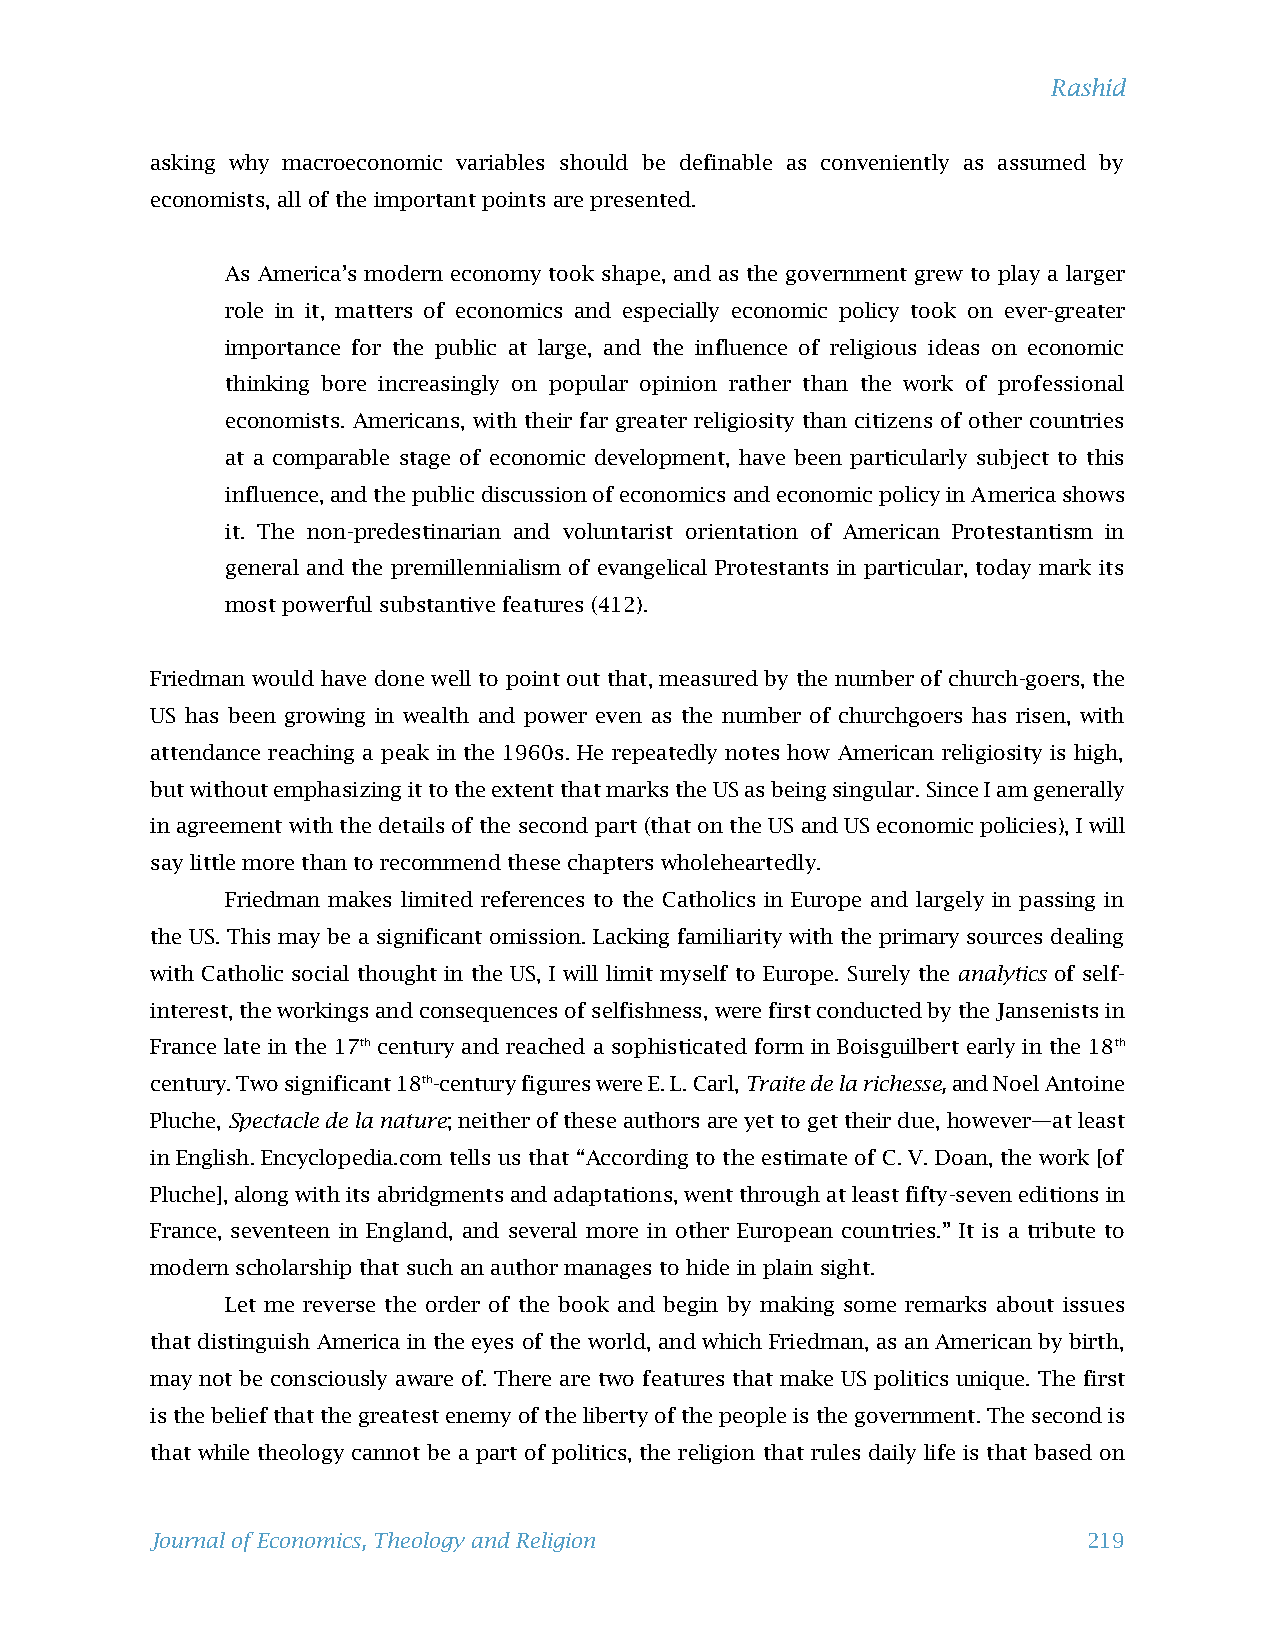
Rashid
 asking why macroeconomic variables should be definable as conveniently as assumed by
 economists, all of the important points are presented.
 As America’s modern economy took shape, and as the government grew to play a larger
 role in it, matters of economics and especially economic policy took on ever-greater
 importance for the public at large, and the influence of religious ideas on economic
 thinking bore increasingly on popular opinion rather than the work of professional
 economists. Americans, with their far greater religiosity than citizens of other countries
 at a comparable stage of economic development, have been particularly subject to this
 influence, and the public discussion of economics and economic policy in America shows
 it. The non-predestinarian and voluntarist orientation of American Protestantism in
 general and the premillennialism of evangelical Protestants in particular, today mark its
 most powerful substantive features (412).
 Friedman would have done well to point out that, measured by the number of church-goers, the
 US has been growing in wealth and power even as the number of churchgoers has risen, with
 attendance reaching a peak in the 1960s. He repeatedly notes how American religiosity is high,
 but without emphasizing it to the extent that marks the US as being singular. Since I am generally
 in agreement with the details of the second part (that on the US and US economic policies), I will
 say little more than to recommend these chapters wholeheartedly.
 Friedman makes limited references to the Catholics in Europe and largely in passing in
 the US. This may be a significant omission. Lacking familiarity with the primary sources dealing
 with Catholic social thought in the US, I will limit myself to Europe. Surely the analytics of self-
 interest, the workings and consequences of selfishness, were first conducted by the Jansenists in
 France late in the 17th century and reached a sophisticated form in Boisguilbert early in the 18th
 century. Two significant 18th-century figures were E. L. Carl, Traite de la richesse, and Noel Antoine
 Pluche, Spectacle de la nature; neither of these authors are yet to get their due, however—at least
 in English. Encyclopedia.com tells us that “According to the estimate of C. V. Doan, the work [of
 Pluche], along with its abridgments and adaptations, went through at least fifty-seven editions in
 France, seventeen in England, and several more in other European countries.” It is a tribute to
 modern scholarship that such an author manages to hide in plain sight.
 Let me reverse the order of the book and begin by making some remarks about issues
 that distinguish America in the eyes of the world, and which Friedman, as an American by birth,
 may not be consciously aware of. There are two features that make US politics unique. The first
 is the belief that the greatest enemy of the liberty of the people is the government. The second is
 that while theology cannot be a part of politics, the religion that rules daily life is that based on
 Journal of Economics, Theology and Religion                   219